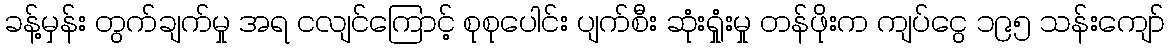
ခန့်မှန်း တွက်ချက်မှု အရ ငလျင်ကြောင့် စုစုပေါင်း ပျက်စီး ဆုံးရှုံးမှု တန်ဖိုးက ကျပ်ငွေ ၁၉၅ သန်းကျော်